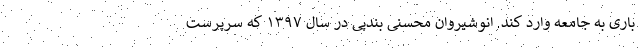
باری به جامعه وارد کند. انوشیروان محسنی بندپی در سال ۱۳۹۷ که سرپرست